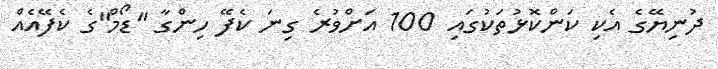
ދުނިޔޭގެ އެކި ކަންކޮޅުތަކުގައި 100 އަށްވުރެ ގިނަ ކެފޭ ހިންގާ "ޑޯމް"ގެ ކެފޭއެއް